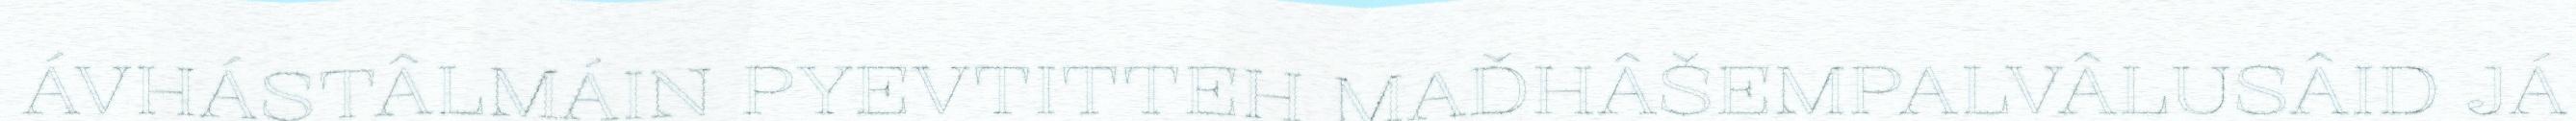
ÁVHÁSTÂLMÁIN PYEVTITTEH MAĐHÂŠEMPALVÂLUSÂID JÁ